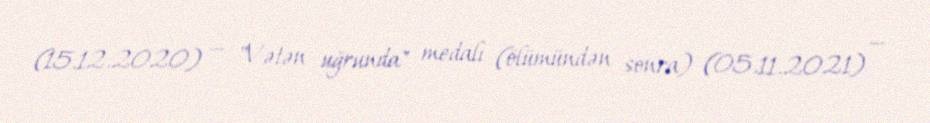
(15.12.2020) — "Vətən uğrunda" medalı (ölümündən sonra) (05.11.2021) —